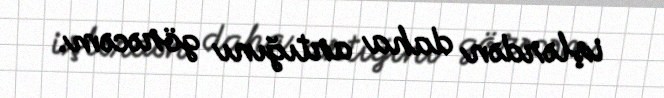
işlərdən daha artığını görəcəm.